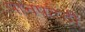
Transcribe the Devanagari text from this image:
पानपट्टी